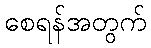
စေရန်အတွက်